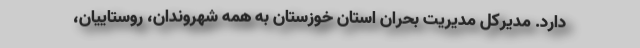
دارد. مدیرکل مدیریت بحران استان خوزستان به همه شهروندان، روستاییان،